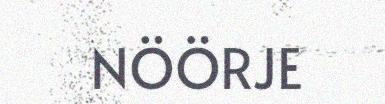
NÖÖRJE